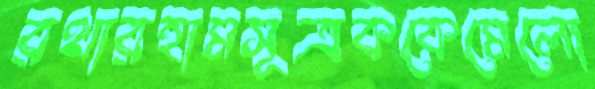
রথারহামসূত্রককেমেলো